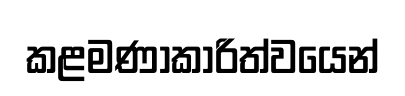
කළමණාකාරිත්වයෙන්